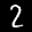
Label: 2